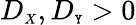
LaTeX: D_{\scriptscriptstyle{X}},D_{\scriptscriptstyle{\mathtt{Y}}}>0